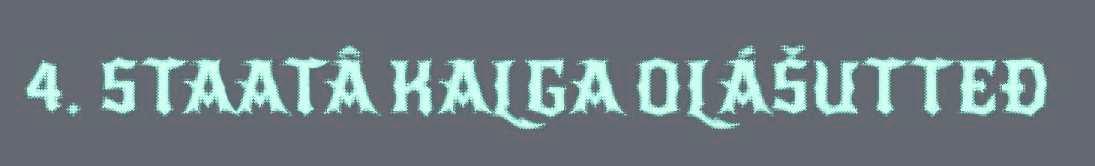
4. STAATÂ KALGA OLÁŠUTTEĐ